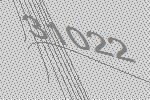
31022